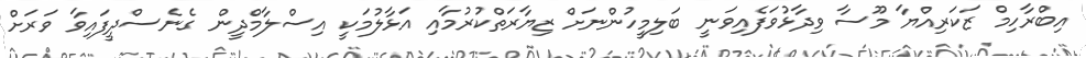
އިބްރާހިމް ޒަކަރިއްޔާ މޫސާ ވިދާޅުވަފެއިވަނީ ބަލިމީހުންނަށް ޒިޔާރަތްކުރުމާއި އަޅާލުމަކީ އިސްލާމްދީން ގެނެސްދީފައިވާ ވަރަށް